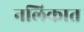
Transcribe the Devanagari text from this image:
नलिकात